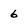
Character: 6